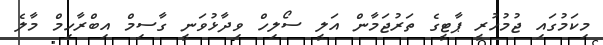
މިކަމުގައި ޖުމުހުރީ ޕާޓީގެ ތަރުޖަމާން އަލީ ސޯލިހް ވިދާޅުވަނީ ގާސިމް އިބްރާހިމް މާލެ